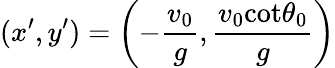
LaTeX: (x^{\prime},y^{\prime})=\left(-\frac{v_{0}}{g},\frac{v_{0}\textrm{cot}\theta_{0}}{g}\right)